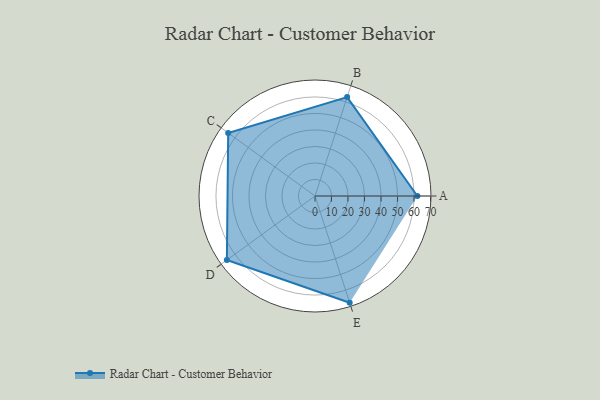
{"axis": {"x": "Skill", "y": "Score"}, "legend": ["Profile"], "data": [{"x": "A", "y": 62.0, "type": "Profile"}, {"x": "B", "y": 63.0, "type": "Profile"}, {"x": "C", "y": 65.0, "type": "Profile"}, {"x": "D", "y": 66.0, "type": "Profile"}, {"x": "E", "y": 68.0, "type": "Profile"}]}